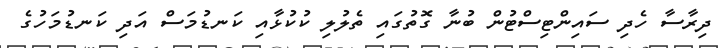
ދިރާސާ ހެދި ސައިންޓިސްޓުން ބުނާ ގޮތުގައި ތެލުލި ކުކުޅާއި ކަނޑުމަސް އަދި ކަނޑުމަހުގެ